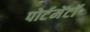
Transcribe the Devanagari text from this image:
पोर्टमेंटॉ